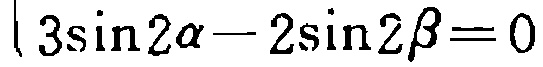
\(3\sin2\alpha - 2\sin2\beta = 0\)